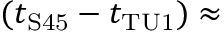
( t _ { \mathrm { S 4 5 } } - t _ { \mathrm { T U 1 } } ) \approx